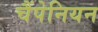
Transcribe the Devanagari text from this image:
चैंपेनियन